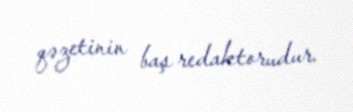
qəzetinin baş redaktorudur.